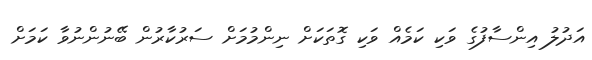
އަދުލު އިންސާފުގެ ވަކި ކަމެއް ވަކި ގޮތަކަށް ނިންމުމަށް ސަރުކާރުން ބޭނުންނުވާ ކަމަށް